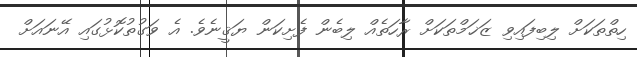
ހިތްތަކަށް ލިބިފައިވި ޒަޚަމްތަކަށް ރާހަތެއް ލިބެން ފެށިކަން ޔަޤީނެވެ. އެ ވަގުތުކޮޅުގައި އޭނައަށް